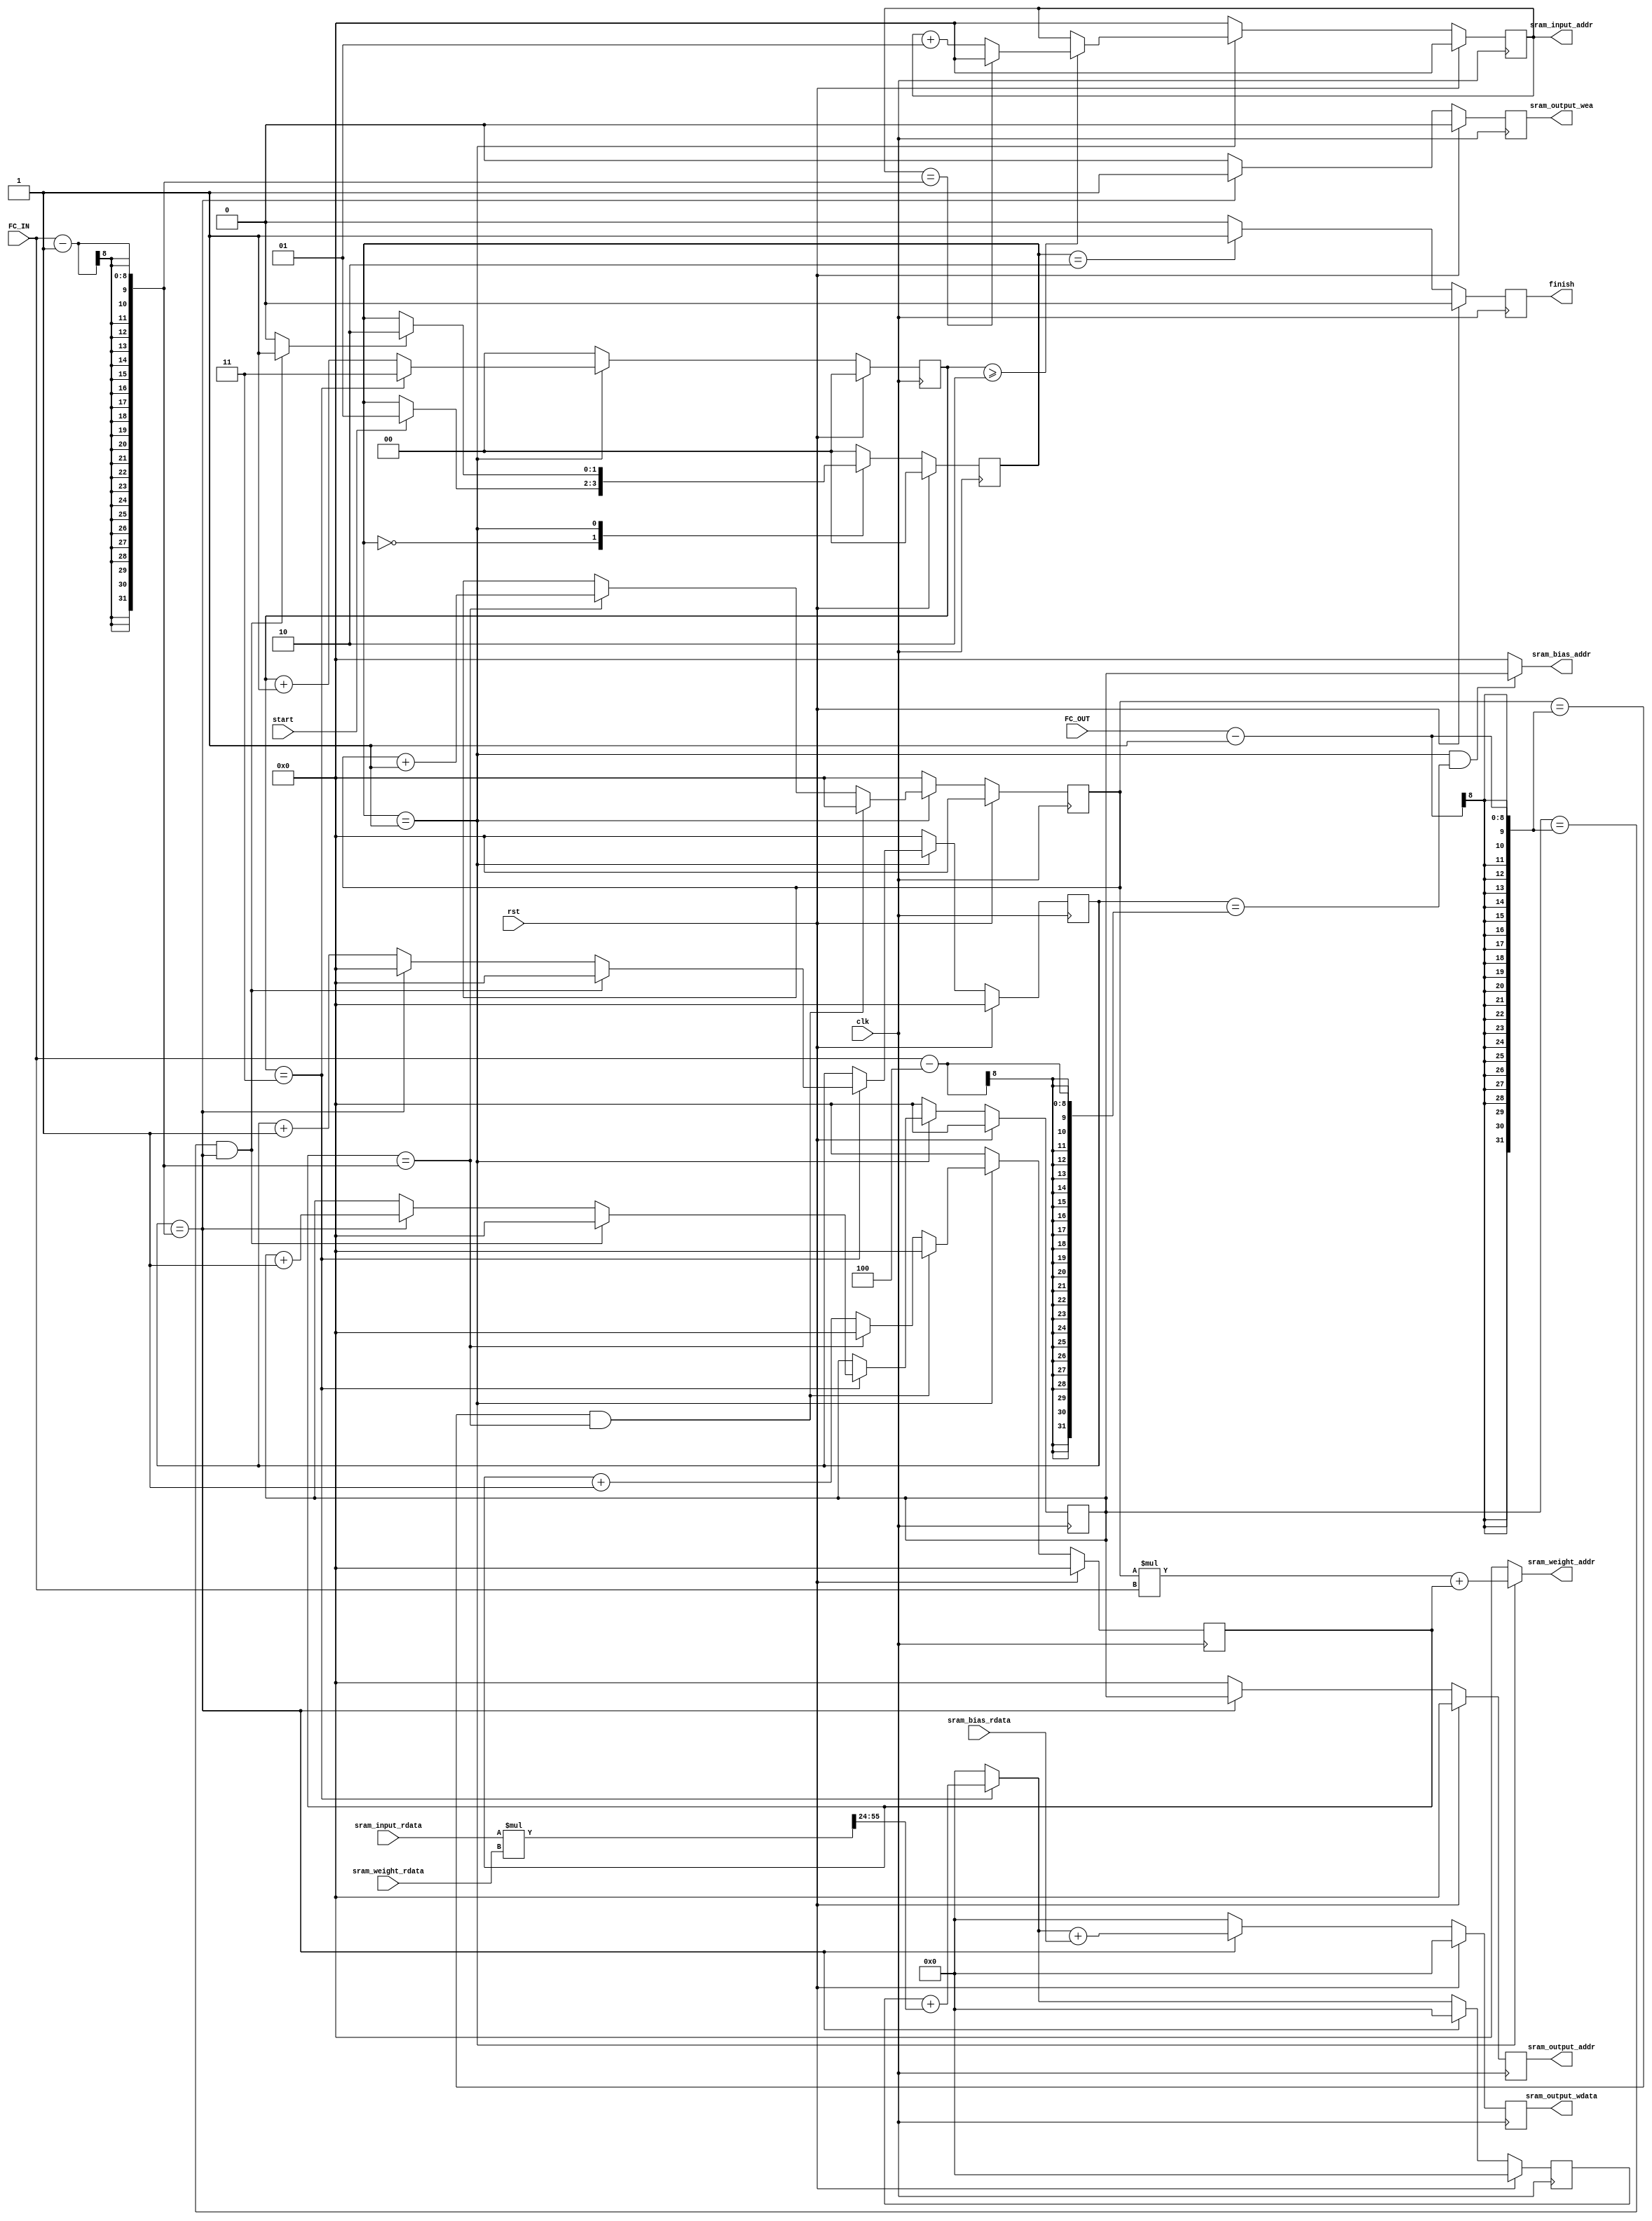
module FullyConnection #(
    parameter ADDR_WIDTH  = 16,
    parameter DATA_WIDTH  = 32
)(
    input wire clk,
    input wire rst,
    
    input wire start,
    output reg finish,

    input wire [7:0] FC_IN,
    input wire [7:0] FC_OUT,
    // input sram, read-only
    output reg signed [ADDR_WIDTH-1:0] sram_input_addr,
    input wire signed [DATA_WIDTH-1:0] sram_input_rdata,
    
    // weight sram, read-only
    output reg [ADDR_WIDTH-1:0] sram_weight_addr,
    input wire signed [DATA_WIDTH-1:0] sram_weight_rdata,

    // bias sram, read-only
    output reg [ADDR_WIDTH-1:0] sram_bias_addr,
    input wire signed [DATA_WIDTH-1:0] sram_bias_rdata,

    // output sram, write-only
    output reg sram_output_wea, // set to 1 if want to write data
    output reg [ADDR_WIDTH-1:0] sram_output_addr,
    output reg  signed [DATA_WIDTH-1:0] sram_output_wdata
);

    reg signed [ADDR_WIDTH-1:0] sram_input_addr_next;
    reg [ADDR_WIDTH-1:0] sram_weight_addr_next;
    reg [ADDR_WIDTH-1:0] sram_bias_addr_next;
    reg sram_output_wea_next;
    reg [ADDR_WIDTH-1:0] sram_output_addr_next;
    reg  signed [DATA_WIDTH-1:0] sram_output_wdata_next;

    reg [ADDR_WIDTH-1:0] fc_addr_in,fc_addr_out;
    reg [ADDR_WIDTH-1:0] fc_addr_in_next,fc_addr_out_next;
    reg comput_done;
    //reg [ADDR_WIDTH-1:0] cnt_sram_input_addr;
    reg [ADDR_WIDTH-1:0] cnt_sram_bias_addr;
    reg [1:0] data_cycle, data_cycle_next;
    reg [ADDR_WIDTH-1:0] fc_data_in,fc_data_out;
    reg [ADDR_WIDTH-1:0] fc_data_in_next,fc_data_out_next;
    localparam QUAN_HALF = 12;
    
    localparam  FSM_INITIAL = 2'd0,
                FSM_COMPUTE = 2'd1,
                FSM_FINISH  = 2'd2;
    reg [1:0] state, state_next;
    reg finish_next;

    always @(posedge clk) begin
        if(rst)
            state <= FSM_INITIAL;
        else
            state <= state_next;
    end

    always @(*) begin
        case(state)
            FSM_INITIAL:
                state_next = (start == 1 ? FSM_COMPUTE : state);
            FSM_COMPUTE:
                state_next = (comput_done == 1 ? FSM_FINISH : state);
            FSM_FINISH:
                state_next = FSM_INITIAL;
            default:
                state_next = FSM_INITIAL;
        endcase
    end

    always @(posedge clk) begin
        if(rst)
            finish <= 0;
        else
            finish <= finish_next;
    end

    always @(*) begin
        if(state == FSM_FINISH)
            finish_next = 1;
        else
            finish_next = 0;
    end

    //=====count FC addr input output reg=====//
    
    always @(posedge clk) begin
        if (rst)
            fc_addr_out <= 0;
        else
            fc_addr_out <= fc_addr_out_next;
    end


    always @(*) begin
        
        if (state == FSM_COMPUTE) begin
            if (fc_addr_out == FC_OUT - 1 && fc_addr_in == FC_IN - 1) 
                fc_addr_out_next = 0;
            else  if (fc_addr_in == FC_IN - 1) 
                fc_addr_out_next = fc_addr_out + 1;
            else 
                fc_addr_out_next = fc_addr_out;
        end
        else begin
            fc_addr_out_next = 0;
        end
    end

    
    always @(posedge clk) begin
        if (rst)
            fc_addr_in <= 0;
        else
            fc_addr_in <= fc_addr_in_next;
    end
    always @(*) begin
        
        if (state == FSM_COMPUTE) begin
            if (fc_addr_out == FC_OUT - 1 && fc_addr_in == FC_IN - 1) 
                fc_addr_in_next = 0;
            else  if (fc_addr_in == FC_IN - 1) 
                fc_addr_in_next = 0;
            else 
                fc_addr_in_next = fc_addr_in + 1;
        end
        else begin
            fc_addr_in_next = 0;
        end
    end
    
    
    //=====count addr to data delay=====//
    always @(posedge clk) begin
        if (rst) 
            data_cycle <= 0;
        else
            data_cycle <= data_cycle_next;
    end 
    
    always @(*) begin
        if (state == FSM_COMPUTE)begin
            if (data_cycle == 3) 
                data_cycle_next = 3;
            else
                data_cycle_next = data_cycle + 1;
        end
        else begin
            data_cycle_next = 0;
        end
    end 

    //=====count FC data input output reg=====//  
    
    always @(posedge clk) begin
        if (rst)
            fc_data_out <= 0;
        else
            fc_data_out <= fc_data_out_next;
    end

    always @(*) begin
        
        if (state == FSM_COMPUTE) begin
            if (data_cycle == 3) begin
                if (fc_data_out == FC_OUT - 1 && fc_data_in == FC_IN - 1)
                    fc_data_out_next = 0;
                else  if (fc_data_in == FC_IN - 1) 
                    fc_data_out_next = fc_data_out + 1;
                else 
                    fc_data_out_next = fc_data_out;
            end
            else 
                fc_data_out_next = fc_data_out;
        end
        else begin
            fc_data_out_next = 0;
        end
    end

    always @(posedge clk) begin
        if (rst)
            fc_data_in <= 0;
        else
            fc_data_in <= fc_data_in_next;
    end
    
    always @(*) begin
        
        if (state == FSM_COMPUTE) begin
            if (data_cycle == 3) begin
                if (fc_data_out == FC_OUT - 1 && fc_data_in == FC_IN - 1)
                    fc_data_in_next = 0;
                else  if (fc_data_in == FC_IN - 1) 
                    fc_data_in_next = 0;
                else 
                    fc_data_in_next = fc_data_in + 1;
            end
            else begin
                fc_data_in_next = fc_data_in;
            end
        end
        else begin
            fc_data_in_next = 0;
        end
    end

    //=====count sram input addr=====//

    always @(posedge clk) begin
        if (rst)
            sram_input_addr <= 0;
        else
            sram_input_addr <= sram_input_addr_next;
    end

    always @(*) begin
        if (state == FSM_COMPUTE) begin
            if (data_cycle >= 2) begin
                if (sram_input_addr == FC_IN - 1) 
                    sram_input_addr_next = 0;
                else 
                    sram_input_addr_next = sram_input_addr + 1;
            end
            else begin
                sram_input_addr_next = sram_input_addr;
            end
        end
        else begin
            sram_input_addr_next = 0;
        end
    end


    //=====count weight addr=====//
    always @(*) begin
        if (state == FSM_COMPUTE)
            sram_weight_addr = fc_addr_out*FC_IN + fc_addr_in;
        else
            sram_weight_addr = 0;
    end

    //=====give bias addr=====//
    always @(*) begin
        if (state == FSM_COMPUTE && fc_data_in == FC_IN - 4) 
            sram_bias_addr = fc_data_out;
        else 
            sram_bias_addr = 0;
    end
    
    //=====fc computation=====//
    reg signed [DATA_WIDTH-1:0] comput_buffer,comput_buffer_n;
    reg signed [DATA_WIDTH-1:0] output_ans;
    //reg signed [DATA_WIDTH-1:0] source,weight;
    reg signed [63:0] partial_sum;
    reg signed [DATA_WIDTH-1:0] sum;
    always @(posedge clk) begin
        if (rst) 
            comput_buffer <= 0;
        else if (fc_data_in == FC_IN - 1)
            comput_buffer <= 0;
        else
            comput_buffer <= comput_buffer_n;
    end

    always @(*) begin
        comput_buffer_n = 0;
        partial_sum = 0;
        sum = 0;
        //output_ans = 0;
        if (data_cycle == 3) begin
            partial_sum = sram_input_rdata * sram_weight_rdata;
            sum = partial_sum[24+:32];
            comput_buffer_n = comput_buffer + sum;
        
        end
    end

    always @(*) begin
        
        output_ans = comput_buffer_n + sram_bias_rdata;
    end

    //=====write enable=====//
    always @(posedge clk) begin
        if(rst)
            sram_output_wea <= 0;
        else
            sram_output_wea <= sram_output_wea_next;
    end
    always @(*) begin
        if (fc_data_in == FC_IN - 1)
            sram_output_wea_next = 1;
        else
            sram_output_wea_next = 0;
    end

    //=====write output addr=====//
    always @(posedge clk) begin
        if(rst)
            sram_output_addr <= 0;
        else
            sram_output_addr <= sram_output_addr_next;
    end
    always @(*) begin
        if (fc_data_in == FC_IN - 1)
            sram_output_addr_next = fc_data_out;
        else
            sram_output_addr_next = 0;
    end

    //=====write output data=====//
    always @(posedge clk) begin
        if(rst)
            sram_output_wdata <= 0;
        else
            sram_output_wdata <= sram_output_wdata_next;
    end
    always @(*) begin
        if (fc_data_in == FC_IN - 1)
            sram_output_wdata_next = output_ans;
        else
            sram_output_wdata_next = 0;
    end

    //=====write all output data done=====//
    always @(*) begin
        if (fc_data_out == FC_OUT - 1 && fc_data_in == FC_IN - 1)
            comput_done = 1;
        else
            comput_done = 0;
    end
endmodule